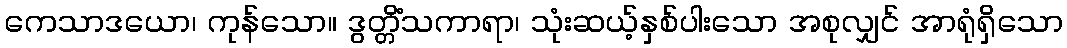
ကေသာဒယော၊ ကုန်သော။ ဒွတ္တိံသကာရာ၊ သုံးဆယ့်နှစ်ပါးသော အစုလျှင် အာရုံရှိသော